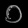
Digit: ၀